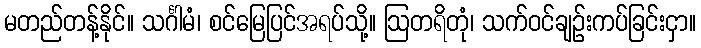
မတည်တန့်နိုင်။ သင်္ဂါမံ၊ စင်မြေပြင်အရပ်သို့။ ဩတရိတုံ၊ သက်ဝင်ချဉ်းကပ်ခြင်းငှာ။